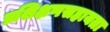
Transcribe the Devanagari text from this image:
प्रशिक्षणसहायता